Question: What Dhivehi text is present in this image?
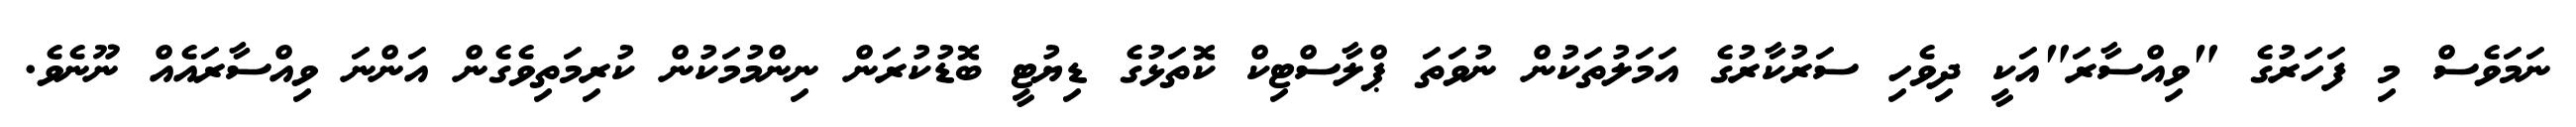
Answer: ނަމަވެސް މި ފަހަރުގެ "ވިއްސާރަ"އަކީ ދިވެހި ސަރުކާރުގެ އަމަލުތަކުން ނުވަތަ ޕްލާސްޓިކް ކޮތަޅުގެ ޑިޔުޓީ ބޮޑުކުރަން ނިންމުމަކުން ކުރިމަތިވެގެން އަންނަ ވިއްސާރައެއް ނޫނެވެ.